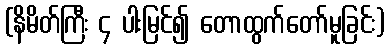
(နိမိတ်ကြီး ၄ ပါးမြင်၍ တောထွက်တော်မူခြင်း)